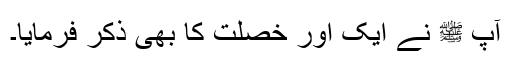
آپ ﷺ نے ایک اور خصلت کا بھی ذکر فرمایا۔